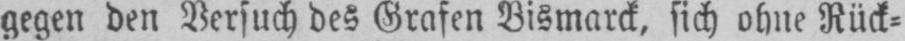
gegen den Versuch des Grafen Bismarck, sich ohne Rück⸗